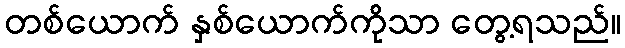
တစ်ယောက် နှစ်ယောက်ကိုသာ တွေ့ရသည်။